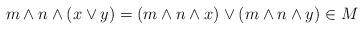
LaTeX: \begin{align*}m \wedge n \wedge (x \vee y)=(m \wedge n \wedge x) \vee (m \wedge n \wedge y) \in M\end{align*}